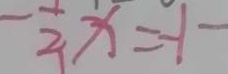
- \frac { 1 } { 2 } x = - 1